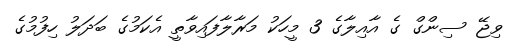
ވިޖޭ ސިންގް ގެ އާއިލާގެ 3 މީހަކު މަރާލާފައިވާތީ އެކަމުގެ ބަދަލު ހިފުމުގެ